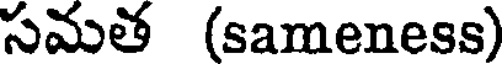
సమత (sameness)